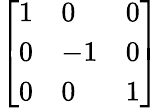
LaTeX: \left[{\begin{array}{lll}{1}&{0}&{0}\\ {0}&{-1}&{0}\\ {0}&{0}&{1}\end{array}}\right]